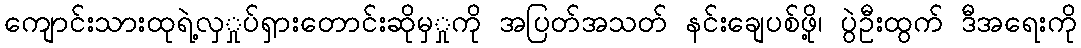
ကျောင်းသားထုရဲ့လှှုပ်ရှားတောင်းဆိုမှှုကို အပြတ်အသတ် နင်းချေပစ်ဖို့၊ ပွဲဦးထွက် ဒီအရေးကို